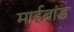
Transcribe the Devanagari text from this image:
माईब्रांड